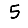
Digit: 5